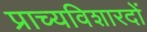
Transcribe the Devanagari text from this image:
प्राच्यविशारदों